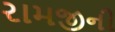
રામજીની